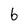
Character: 6